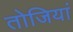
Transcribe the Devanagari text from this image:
तोजियां